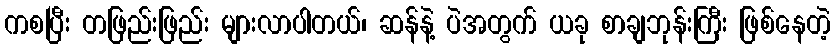
ကစပြီး တဖြည်းဖြည်း များလာပါတယ်၊ ဆန်နဲ့ ပဲအတွက် ယခု စာချဘုန်းကြီး ဖြစ်နေတဲ့